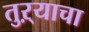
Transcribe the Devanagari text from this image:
तुऱ्याचा